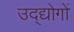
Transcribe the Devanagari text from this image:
उद्द्योगों